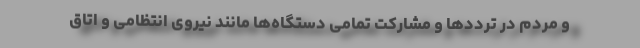
و مردم در ترددها و مشارکت تمامی دستگاه‌ها مانند نیروی انتظامی و اتاق